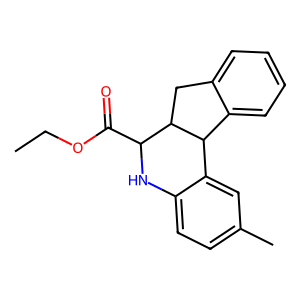
SMILES: CCOC(=O)C1Nc2ccc(C)cc2C2c3ccccc3CC12
Inhibits HIV replication: No